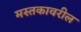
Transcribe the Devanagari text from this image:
मस्तकावरील